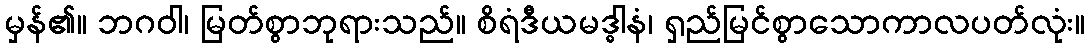
မှန်၏။ ဘဂဝါ၊ မြတ်စွာဘုရားသည်။ စိရံဒီယမဒ္ဓါနံ၊ ရှည်မြင်စွာသောကာလပတ်လုံး။